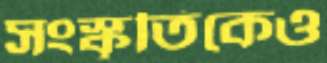
সংস্কৃতিকেও